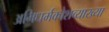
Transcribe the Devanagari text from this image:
अभिधर्मकोशव्याख्या